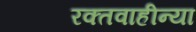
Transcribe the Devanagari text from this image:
रक्तवाहीन्या